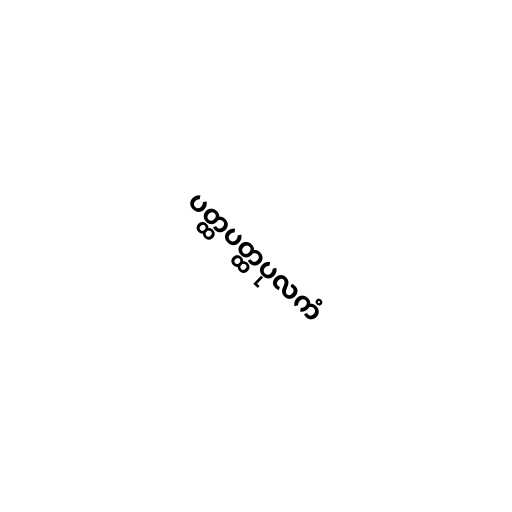
ပတ္ထပတ္ထပုလကံ